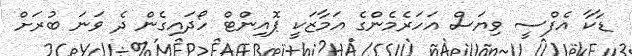
ޑާކާ އެފްސީ ވިޔަސް އަހަރެމެންގެ އަމާޒަކީ ޕޮއިންޓް ހޯދައިގެން ދެ ވަނަ ބުރަށް